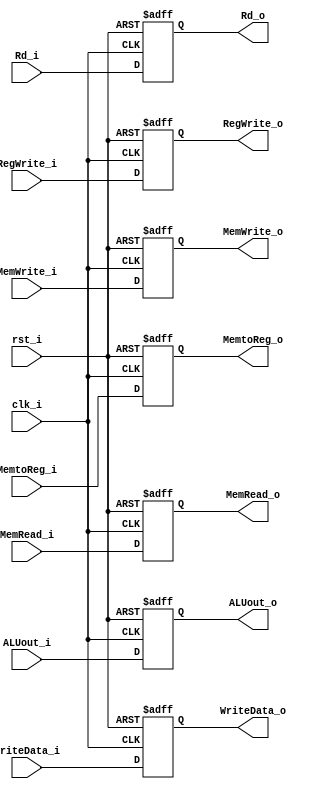
module Pipeline_EX_MEM(
    clk_i,
    rst_i,
    ALUout_i,
    WriteData_i,
    Rd_i,
    RegWrite_i,
    MemtoReg_i,
    MemRead_i,
    MemWrite_i,

    ALUout_o,
    WriteData_o,
    Rd_o,
    RegWrite_o,
    MemtoReg_o,
    MemRead_o,
    MemWrite_o,
);

    input clk_i;
    input rst_i;
    input [31:0] ALUout_i, WriteData_i;
    output reg [31:0] ALUout_o, WriteData_o;

    input [4:0] Rd_i;
    output reg [4:0] Rd_o;

    input RegWrite_i, MemtoReg_i, MemRead_i, MemWrite_i;
    output reg RegWrite_o, MemtoReg_o, MemRead_o, MemWrite_o;

    always@(posedge clk_i or negedge rst_i)
    if (~rst_i) // init
    begin
        ALUout_o <= 32'b0;
        WriteData_o <= 32'b0;
        Rd_o <= 4'b0;
        RegWrite_o <= 0;
        MemtoReg_o <= 0;
        MemRead_o <= 0;
        MemWrite_o <= 0;
    end
    else
    begin
        ALUout_o <= ALUout_i;
        WriteData_o <= WriteData_i;
        Rd_o <= Rd_i;
        RegWrite_o <= RegWrite_i;
        MemtoReg_o <= MemtoReg_i;
        MemRead_o <= MemRead_i;
        MemWrite_o <= MemWrite_i;
    end

endmodule